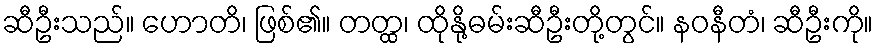
ဆီဦးသည်။ ဟောတိ၊ ဖြစ်၏။ တတ္ထ၊ ထိုနို့ဓမ်းဆီဦးတို့တွင်။ နဝနီတံ၊ ဆီဦးကို။